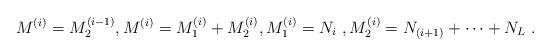
LaTeX: \begin{align*} M^{(i)} = M^{(i-1)}_2 ,M^{(i)}= M^{(i)}_1 + M^{(i)}_2, M^{(i)}_1 = N_i~, M^{(i)}_2 = N_{(i+1)} + \dots + N_L~. \end{align*}